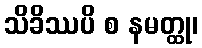
သိခိဿပိ စ နမတ္ထု၊